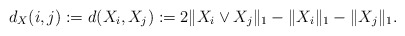
\begin{align*} d_X(i,j):=d(X_i,X_j):=2\|X_i\vee X_j\|_1-\|X_i\|_1-\|X_j\|_1.\end{align*}